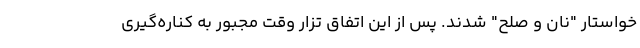
خواستار "نان و صلح" شدند. پس از این اتفاق تزار وقت مجبور به کناره‌گیری